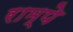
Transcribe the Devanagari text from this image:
राम्पे